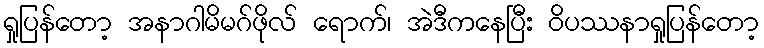
ရှုပြန်တော့ အနာဂါမိမဂ်ဖိုလ် ရောက်၊ အဲဒီကနေပြီး ဝိပဿနာရှုပြန်တော့